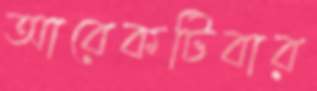
আরেকটিবার